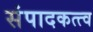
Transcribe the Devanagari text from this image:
संपादकत्त्व